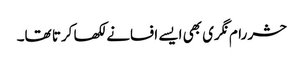
حشر رام نگری بھی ایسے افسانے لکھا کرتا تھا۔